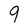
Character: 9